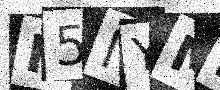
Text: H5MYMS